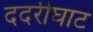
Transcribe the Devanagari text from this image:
ददरीघाट